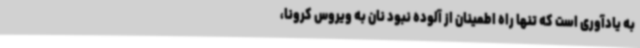
به یادآوری است که تنها راه اطمینان از آلوده نبود نان به ویروس کرونا،